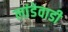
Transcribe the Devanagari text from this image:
लांडेवाडी